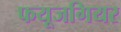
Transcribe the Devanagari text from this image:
फयूजगियर